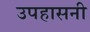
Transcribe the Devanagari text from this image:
उपहासनी